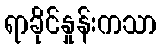
ရာခိုင်နှုန်းကသာ